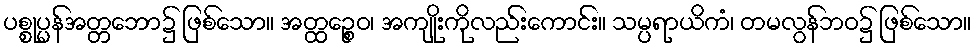
ပစ္စုပ္ပန်အတ္တဘော၌ ဖြစ်သော။ အတ္ထဉ္စေဝ၊ အကျိုးကိုလည်းကောင်း။ သမ္ပရာယိကံ၊ တမလွန်ဘဝ၌ ဖြစ်သော။